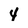
Character: 4